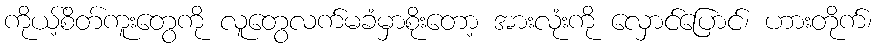
ကိုယ့်စိတ်ကူးတွေကို လူတွေလက်မခံမှာစိုးတော့ အားလုံးကို လှောင်ပြောင်၊ ဟားတိုက်၊